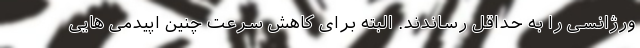
ورژانسی را به حداقل رساندند. البته برای کاهش سرعت چنین اپیدمی هایی